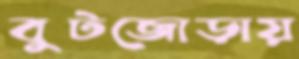
বুটজোড়ায়